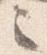
之